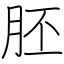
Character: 胚